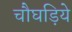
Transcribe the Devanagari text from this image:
चौघड़िये